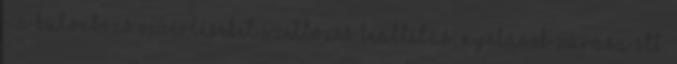
- a különbözõ vezérléseket szellõzés leállítás, nyílások zárása stb.